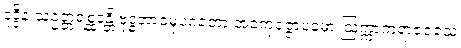
ဒုဒ္ဒိနံ သဥတ္တရစ္ဆဒန္တိ ဗုဒ္ဓဘာဝမုပဂတော အဝကုဇ္ဇောပမော ဩက္ကာကရာဇဝံသေ